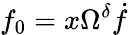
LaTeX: f_{0}=x\Omega^{\delta}\dot{f}